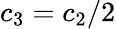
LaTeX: c_{3}=c_{2}/2